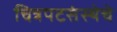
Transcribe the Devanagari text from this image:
चित्रपटसंस्थेचे